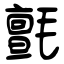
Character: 氈